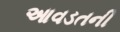
આવડતની